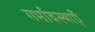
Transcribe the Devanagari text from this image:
गर्भावस्थाएँ